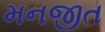
મનજીત